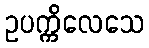
ဥပက္ကိလေသေ